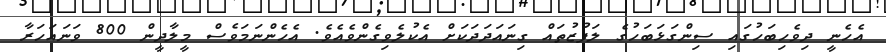
އެހެނީ ދިވެހިބަހުގައި ސިންގަޅަބަހުގެ ލަފުޒުތައް ގިނައަދަދަކަށް އެކުލެވިގެންވެއެވެ. އެހެންނަމަވެސް މީލާދީން 800 ވަނައަހަރާ